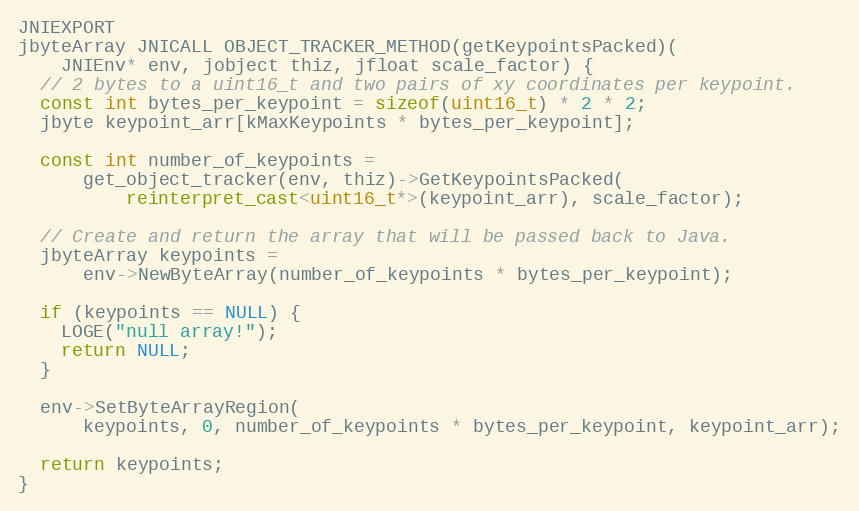
Language: C++
JNIEXPORT
jbyteArray JNICALL OBJECT_TRACKER_METHOD(getKeypointsPacked)(
    JNIEnv* env, jobject thiz, jfloat scale_factor) {
  // 2 bytes to a uint16_t and two pairs of xy coordinates per keypoint.
  const int bytes_per_keypoint = sizeof(uint16_t) * 2 * 2;
  jbyte keypoint_arr[kMaxKeypoints * bytes_per_keypoint];

  const int number_of_keypoints =
      get_object_tracker(env, thiz)->GetKeypointsPacked(
          reinterpret_cast<uint16_t*>(keypoint_arr), scale_factor);

  // Create and return the array that will be passed back to Java.
  jbyteArray keypoints =
      env->NewByteArray(number_of_keypoints * bytes_per_keypoint);

  if (keypoints == NULL) {
    LOGE("null array!");
    return NULL;
  }

  env->SetByteArrayRegion(
      keypoints, 0, number_of_keypoints * bytes_per_keypoint, keypoint_arr);

  return keypoints;
}